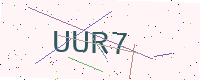
Text: UUR7